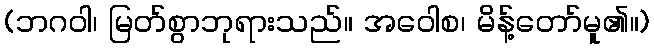
(ဘဂဝါ၊ မြတ်စွာဘုရားသည်။ အဝေါစ၊ မိန့်တော်မူ၏။)